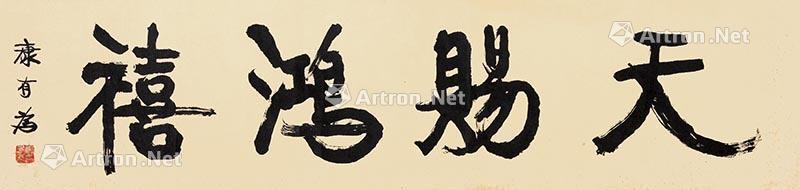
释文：天赐鸿禧康有为印